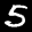
Label: 5